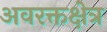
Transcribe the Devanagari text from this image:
अवरक्तक्षेत्र